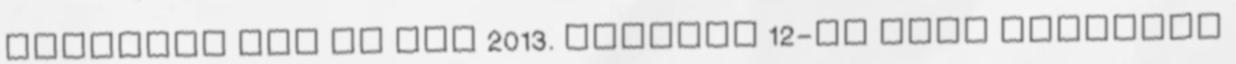
vetetted fel és nem 2013. október 12-én vagy december